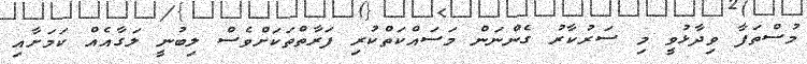
މުސްތަފާ ވިދާޅުވީ މި ސަރުކާރު ގެންނަން މަސައްކަތްކުރި ފަރާތްތަކަށްވެސް ލިބުނީ ލަގާއެއް ކަމަށާއި